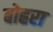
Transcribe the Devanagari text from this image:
बोह्ररा